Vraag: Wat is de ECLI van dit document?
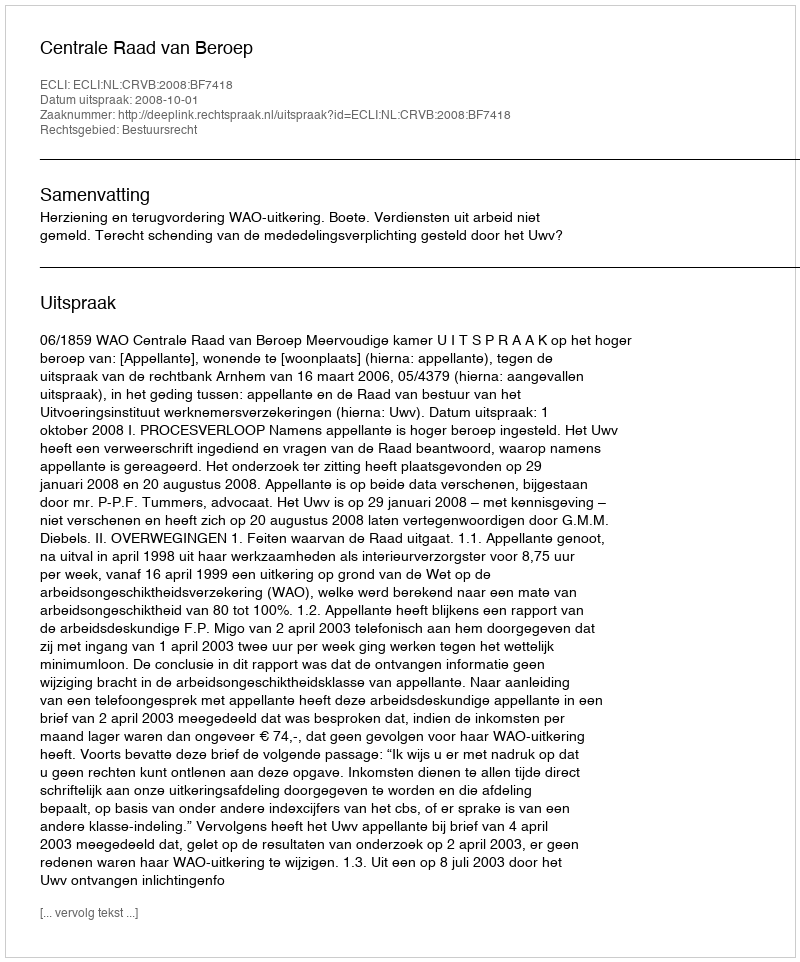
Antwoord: ECLI:NL:CRVB:2008:BF7418